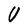
Character: U